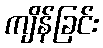
ကျိန်ခြင်း